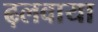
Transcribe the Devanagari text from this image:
ढ़लवाया